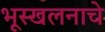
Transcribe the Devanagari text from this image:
भूस्खलनाचे